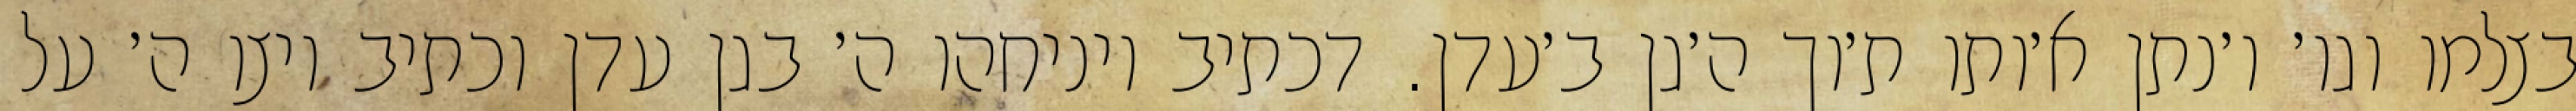
בצלמו וגו׳ ו׳נתן א׳ותו ת׳וך ה׳גן ב׳עדן. דכתיב ויניחהו ה׳ בגן עדן וכתיב ויצו ה׳ על